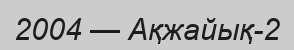
2004 — Ақжайық-2